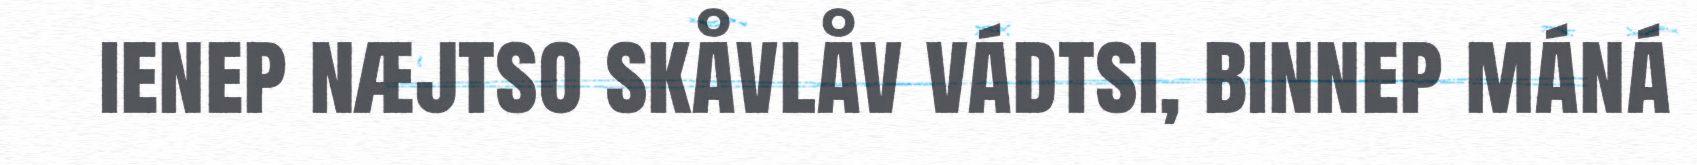
ienep næjtso skåvlåv vádtsi, binnep máná